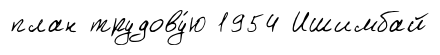
план трудову́ю 1954 Ишимбай